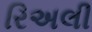
રિઅલી